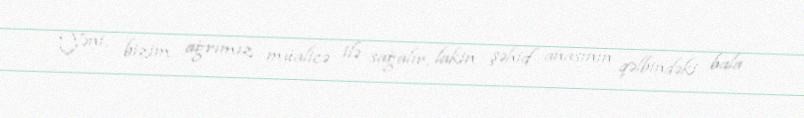
Yəni, bizim ağrımız müalicə ilə sağalır, lakin şəhid anasının qəlbindəki bala